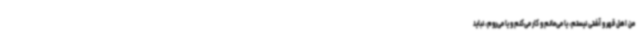
من اهل قهر و آشتی نیستم، یا می‌مانم و کار می‌کنم و یا می‌روم، نباید